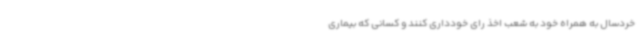
خردسال به همراه خود به شعب اخذ رای خودداری کنند و کسانی که بیماری